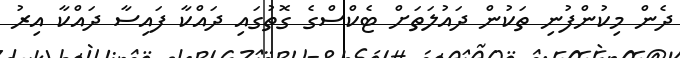
ދެން މިކުންފުނި ތަކުން ދައުލަތަށް ޓެކްސްގެ ގޮތުގައި ދައްކާ ފައިސާ ދައްކާ އިރު